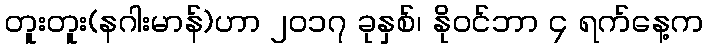
တူးတူး(နဂါးမာန်)ဟာ ၂၀၁၇ ခုနှစ်၊ နိုဝင်ဘာ ၄ ရက်နေ့က